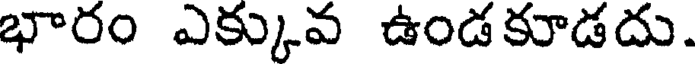
భారం ఎక్కువ ఉండకూడదు.